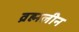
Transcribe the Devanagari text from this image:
व्रह्मलीन